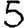
Digit: 5